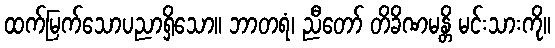
ထက်မြက်သောပညာရှိသော။ ဘာတရံ၊ ညီတော် တိခိဏမန္တိ မင်းသားကို။